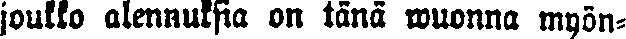
joukko alennuksia on tänä wuonna myön-